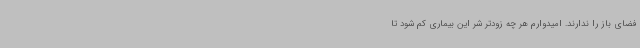
فضای باز را ندارند. امیدوارم هر چه زودتر شر این بیماری کم شود تا